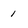
Character: 1